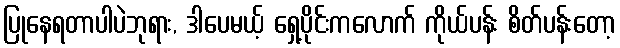
ပြုနေရတာပါပဲဘုရား, ဒါပေမယ့် ရှေ့ပိုင်းကလောက် ကိုယ်ပန်း စိတ်ပန်းတော့